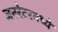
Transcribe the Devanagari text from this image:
जनरेटरमध्ये